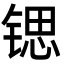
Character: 锶